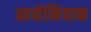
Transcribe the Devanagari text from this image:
आयोनियाक